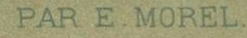
PAR E.MOREL.